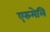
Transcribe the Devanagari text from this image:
एरुमेलि